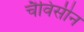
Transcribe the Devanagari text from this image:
चैविसीन